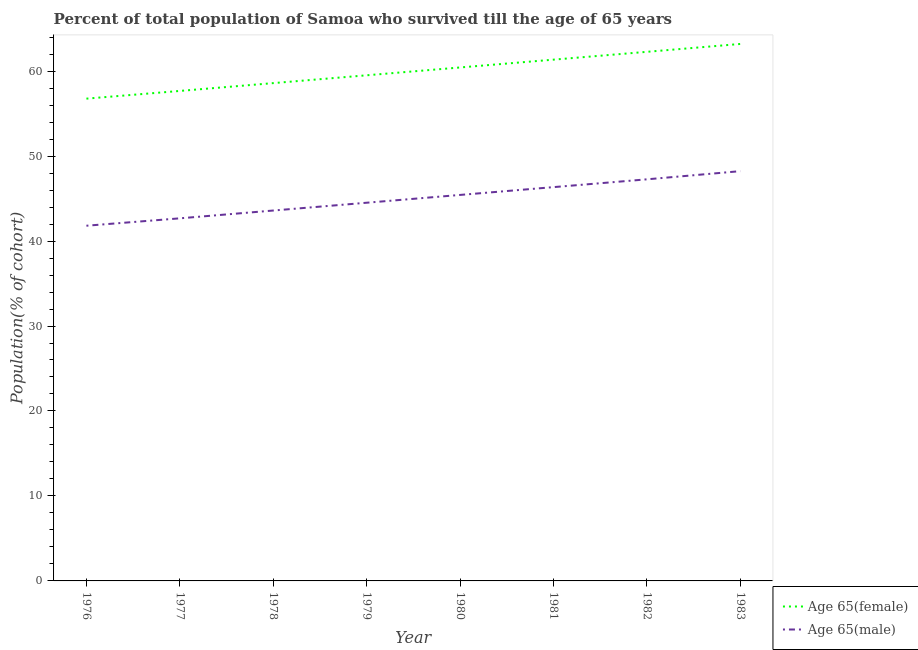
| Year | Age 65(female) | Age 65(male) |
 | --- | --- | --- |
 | 1976 | 56.8 | 41.8 |
 | 1977 | 57.7 | 42.7 |
 | 1978 | 58.6 | 43.6 |
 | 1979 | 59.5 | 44.5 |
 | 1980 | 60.4 | 45.4 |
 | 1981 | 61.3 | 46.3 |
 | 1982 | 62.3 | 47.3 |
 | 1983 | 63.2 | 48.2 |